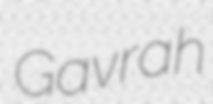
Gavrah